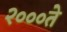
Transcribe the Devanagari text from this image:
२०००ते